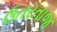
ઉતરતાજ